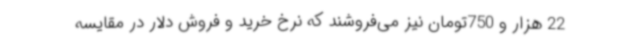
22 هزار و 750تومان نیز می‌فروشند که نرخ خرید و فروش دلار در مقایسه